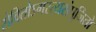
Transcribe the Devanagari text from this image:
सेवितोऽगस्त्यसंपूजितो